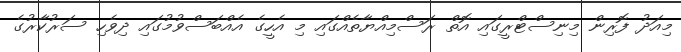
މިއަދު ފޮރިން މިނިސްޓްރީގައި އޮތް ރަސްމިއްޔާތެއްގައި މި އެހީގެ އެއްބަސްވުމުގައި ދިވެހި ސަރުކާރުގެ